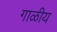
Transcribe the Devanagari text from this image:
गाळीय